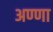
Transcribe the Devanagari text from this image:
अण्‍णा